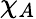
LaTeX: \chi_{A}